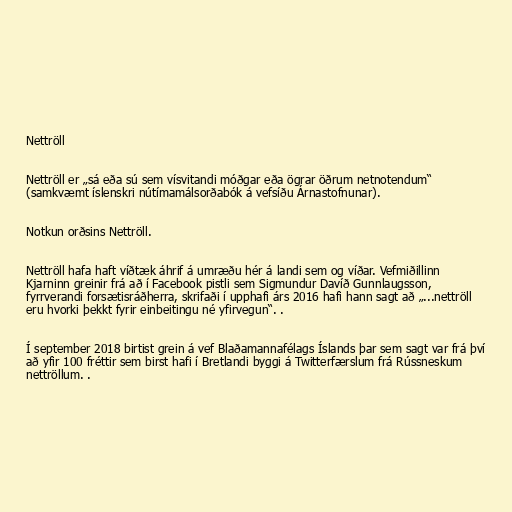
Nettröll

Nettröll er „sá eða sú sem vísvitandi móðgar eða ögrar öðrum netnotendum“
(samkvæmt íslenskri nútímamálsorðabók á vefsíðu Árnastofnunar).

Notkun orðsins Nettröll.

Nettröll hafa haft víðtæk áhrif á umræðu hér á landi sem og víðar. Vefmiðillinn
Kjarninn greinir frá að í Facebook pistli sem Sigmundur Davíð Gunnlaugsson,
fyrrverandi forsætisráðherra, skrifaði í upphafi árs 2016 hafi hann sagt að „...nettröll
eru hvorki þekkt fyrir einbeitingu né yfirvegun“. .

Í september 2018 birtist grein á vef Blaðamannafélags Íslands þar sem sagt var frá því
að yfir 100 fréttir sem birst hafi í Bretlandi byggi á Twitterfærslum frá Rússneskum
nettröllum. .